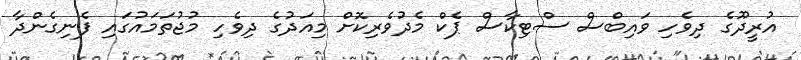
އުރީދޫގެ ދިވެހި ވައިބްސް ސްޓިކާސް ޕެކް މެދުވެރިކޮށް މިއަދުގެ ދިވެހި މުޖުތަމައުގައި ފެނިގެންދާ